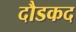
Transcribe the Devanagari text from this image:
दौडकद